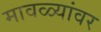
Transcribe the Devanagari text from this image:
मावळ्यांवर